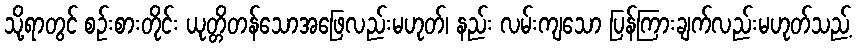
သို့ရာတွင် စဉ်းစားတိုင်း ယုတ္တိတန်သောအဖြေလည်းမဟုတ်၊ နည်း လမ်းကျသော ပြန်ကြားချက်လည်းမဟုတ်သည့်